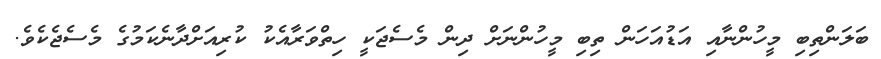
ބަލަންތިބި މީހުންނާއި އަޑުއަހަން ތިބި މީހުންނަށް ދިން މެސެޖަކީ ހިތްވަރާއެކު ކުރިއަށްދާނެކަމުގެ މެސެޖެކެވެ.